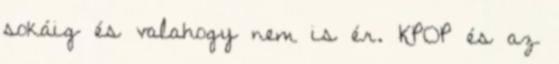
sokáig és valahogy nem is ér. KPOP és az